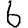
Digit: 6